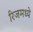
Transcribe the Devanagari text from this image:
रिजमध्ये